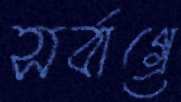
সর্বাগ্রে